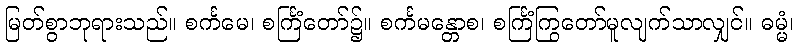
မြတ်စွာဘုရားသည်။ စင်္ကမေ၊ စင်္ကြံတော်၌။ စင်္ကမန္တောစ၊ စင်္ကြံကြွတော်မူလျက်သာလျှင်။ ဓမ္မံ၊